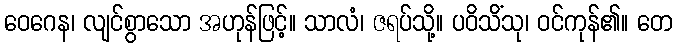
ဝေဂေန၊ လျင်စွာသော အဟုန်ဖြင့်။ သာလံ၊ ဇရပ်သို့။ ပဝိသိံသု၊ ဝင်ကုန်၏။ တေ